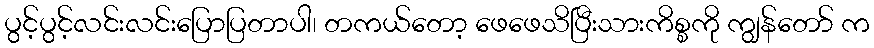
ပွင့်ပွင့်လင်းလင်းပြောပြတာပါ၊ တကယ်တော့ ဖေဖေသိပြီးသားကိစ္စကို ကျွန်တော် က